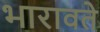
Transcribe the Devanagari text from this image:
भारावते